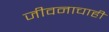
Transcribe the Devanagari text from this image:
जीवनाचाही